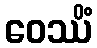
ဝေဿိံ